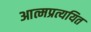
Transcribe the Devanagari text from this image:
आत्मप्रत्ययित